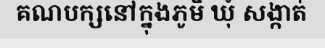
គណបក្សនៅក្នុងភូមិ ឃុំ សង្កាត់